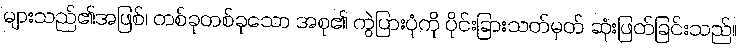
များသည်၏အဖြစ်၊ တစ်ခုတစ်ခုသော အစု၏ ကွဲပြားပုံကို ပိုင်းခြားသတ်မှတ် ဆုံးဖြတ်ခြင်းသည်။